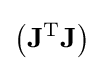
\left(\mathbf {J} ^{\mathrm {T} }\mathbf {J} \right)